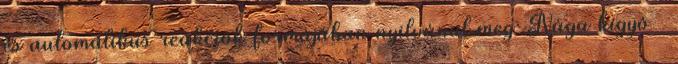
és automatikus reakciók formájában nyilvánul meg: Nága kígyó –